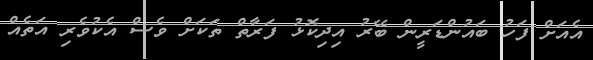
އެއަށް ފަހު ބައުންޑަރީން ބޭރު އިދިކޮޅު ފަރާތް ތަކަށް ވެސް އެކުވެރި އަތެއް